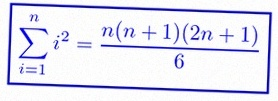
\sum_{i=1}^{n}i^2=\frac{n(n+1)(2n+1)}6